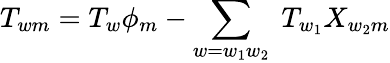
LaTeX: T_{wm}=T_{w}\phi_{m}-\sum_{w=w_{1}w_{2}}\; T_{w_{1}}X_{w_{2}m}